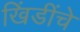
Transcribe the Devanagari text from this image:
खिंडींचे